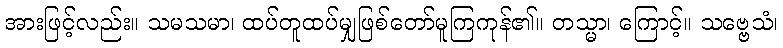
အားဖြင့်လည်း။ သမသမာ၊ ထပ်တူထပ်မျှဖြစ်တော်မူကြကုန်၏။ တသ္မာ၊ ကြောင့်။ သဗ္ဗေသံ၊